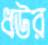
ধউর